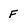
Character: F